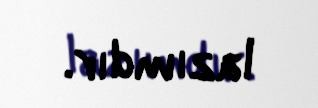
lazımdır.